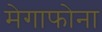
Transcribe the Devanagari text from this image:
मेगाफोना